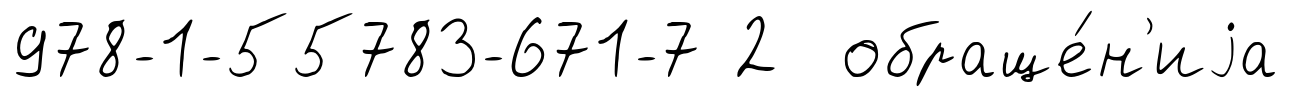
978-1-55783-671-7 2 обраще́н'иjа